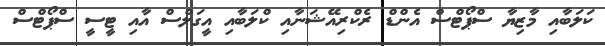
ކަލަބާއި މާޒިޔާ ސްޕޯޓްސް އެންޑް ރެކްރިއޭޝަނާއި ކްލަބާއި އީގަލްސް އާއި ޓީސީ ސްޕޯޓްސް